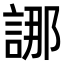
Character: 𮘖